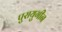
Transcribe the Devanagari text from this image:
पुरायुगीन